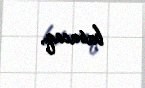
basacaq.